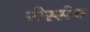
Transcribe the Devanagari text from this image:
रीस्सेन